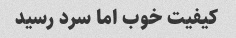
کیفیت خوب اما سرد رسید